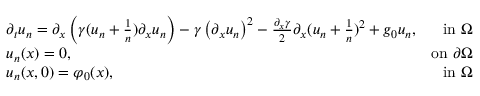
\begin{array} { r l r } & { \partial _ { t } u _ { n } = \partial _ { x } \left( \gamma ( u _ { n } + \frac { 1 } { n } ) \partial _ { x } u _ { n } \right) - \gamma \left( \partial _ { x } u _ { n } \right) ^ { 2 } - \frac { \partial _ { x } \gamma } { 2 } \partial _ { x } ( u _ { n } + \frac { 1 } { n } ) ^ { 2 } + g _ { 0 } u _ { n } , } & { \mathrm { i n ~ } \Omega } \\ & { u _ { n } ( x ) = 0 , } & { \mathrm { o n ~ } \partial \Omega } \\ & { u _ { n } ( x , 0 ) = \varphi _ { 0 } ( x ) , } & { \mathrm { i n ~ } \Omega } \end{array}